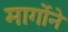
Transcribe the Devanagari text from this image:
मार्गोने